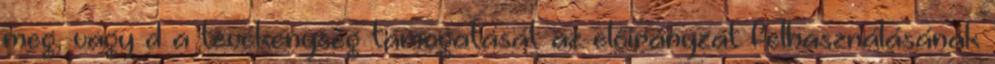
meg, vagy d a tevékenység támogatását az előirányzat felhasználásának